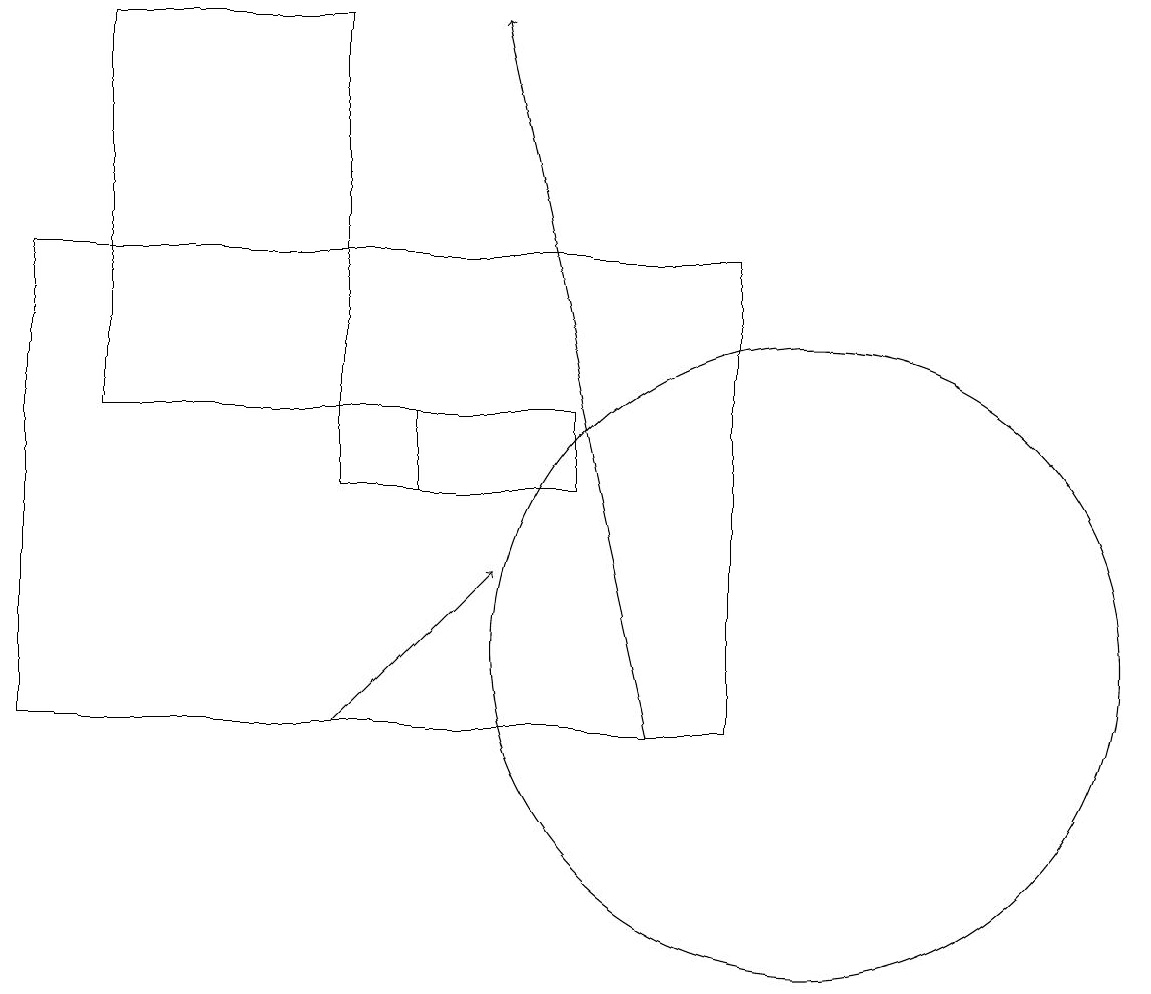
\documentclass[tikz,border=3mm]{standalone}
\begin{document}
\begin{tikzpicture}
\draw (10,10) circle (0);
\draw[->] (4,10) -- (6,12);
\draw (4,14) rectangle (1,19);
\draw[->] (8,10) -- (6,19);
\draw (5,13) rectangle (4,14);
\draw (9,10) rectangle (0,16);
\draw (7,13) rectangle (4,14);
\draw (10,11) circle (4);
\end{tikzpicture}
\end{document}